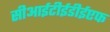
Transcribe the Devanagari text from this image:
सीआईटीईडीईएफ